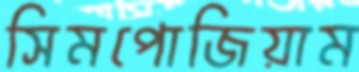
সিমপোজিয়াম